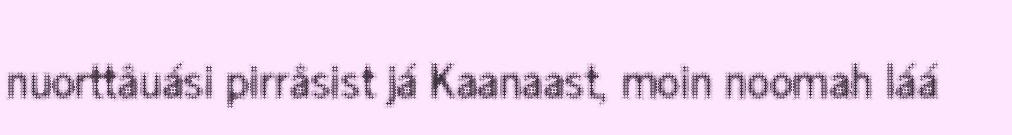
nuorttâuási pirrâsist já Kaanaast, moin noomah láá